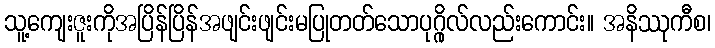
သူ့ကျေးဇူးကိုအပြိန်ပြိန်အဖျင်းဖျင်းမပြုတတ်သောပုဂ္ဂိုလ်လည်းကောင်း။ အနိဿုကီစ၊